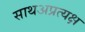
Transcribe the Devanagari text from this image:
साथअप्रत्यक्ष